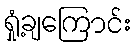
ရှုံ့ချကြောင်း